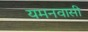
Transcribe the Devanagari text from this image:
यमनवासी